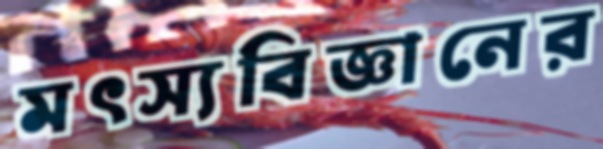
মৎস্যবিজ্ঞানের